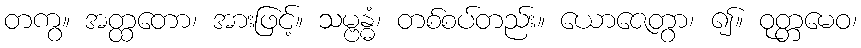
တကွ။ အတ္ထတော၊ အားဖြင့်။ သမ္ဗန္ဓံ၊ တစ်စပ်တည်း။ ယောဇေတွာ၊ ၍။ ဝုတ္တမေဝ၊